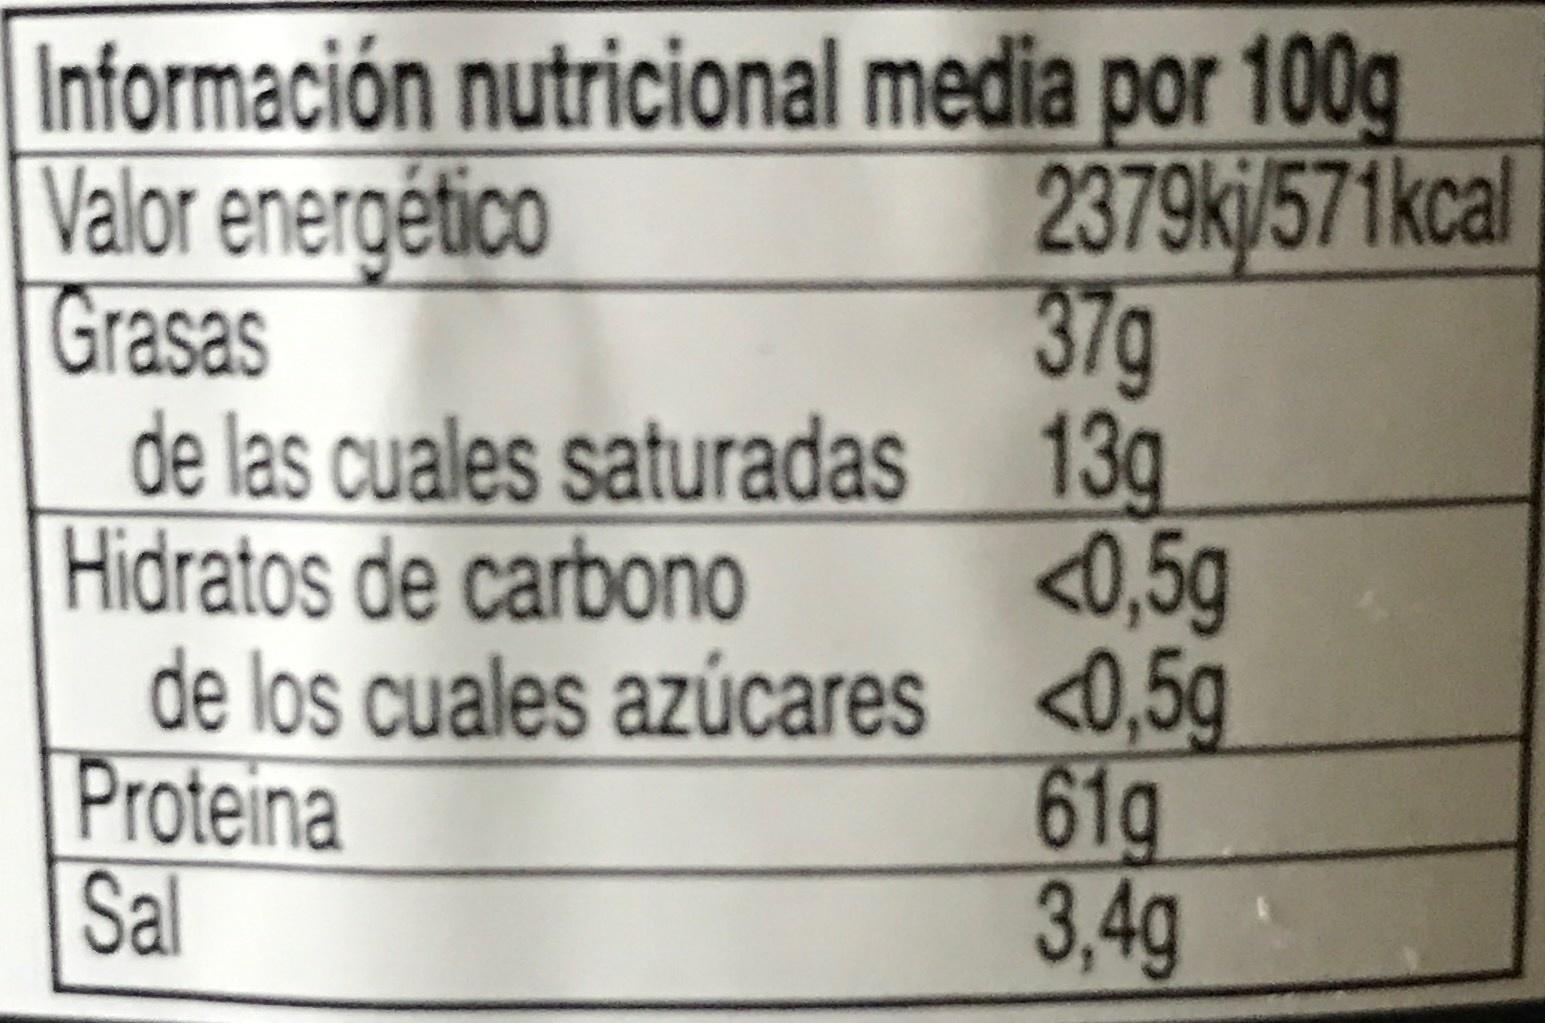
Información nutricional media por 100g Valor energético Grasas de las cuales saturadas 13g Hidratos de carbono de los cuales azúcares <0,5g Proteina Sal
2379kj/571kcal 37g
<0,5g
61g 3,4g